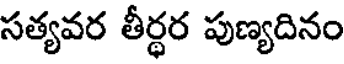
సత్యవర తీర్థర పుణ్యదినం